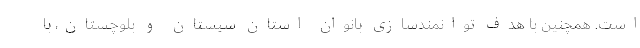
است. همچنین با هدف توانمندسازی بانوان استان سیستان و بلوچستان، با